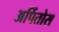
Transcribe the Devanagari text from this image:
अर्पितोस